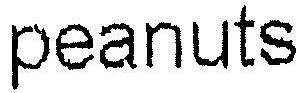
PEANUTS